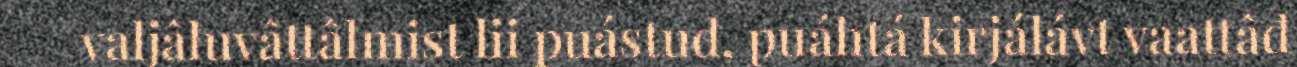
valjâluvâttâlmist lii puástud, puáhtá kirjálávt vaattâđ